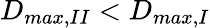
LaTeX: D_{max,II}<D_{max,I}